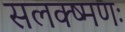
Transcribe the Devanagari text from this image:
सलक्ष्मणः